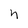
Character: n